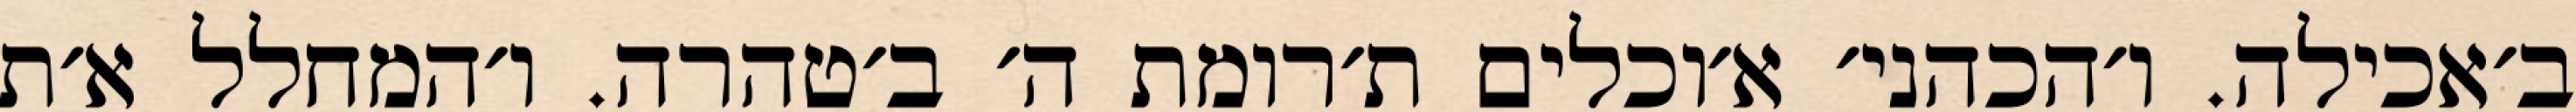
ב׳אכילה. ו׳הכהני׳ א׳וכלים ת׳רומת ה׳ ב׳טהרה. ו׳המחלל א׳ת